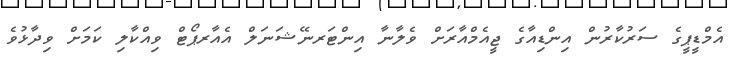
އެމްޑީޕީގެ ސަރުކާރުން އިންޑިއާގެ ޖީއެމްއާރަށް ވެލާނާ އިންޓަރނޭޝަނަލް އެއާރޕޯޓް ވިއްކާލި ކަމަށް ވިދާޅުވެ